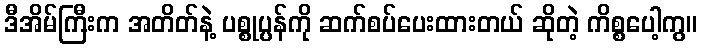
ဒီအိမ်ကြီးက အတိတ်နဲ့ ပစ္စုပ္ပန်ကို ဆက်စပ်ပေးထားတယ် ဆိုတဲ့ ကိစ္စပေါ့ကွ။